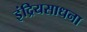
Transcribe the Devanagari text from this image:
इंद्रियसाधना